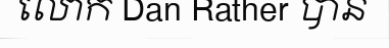
លោក Dan Rather បាន